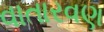
વાતારવણ